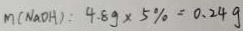
m ( N a O H ) : 4 . 8 g \times 5 \% = 0 . 2 4 g